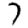
Digit: 7